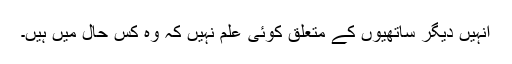
انہیں دیگر ساتھیوں کے متعلق کوئی علم نہیں کہ وہ کس حال میں ہیں۔